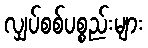
လျှပ်စစ်ပစ္စည်းများ